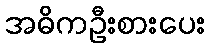
အဓိကဦးစားပေး